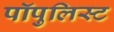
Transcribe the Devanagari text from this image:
पॉपुलिस्ट